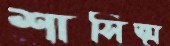
শাসিত্ম